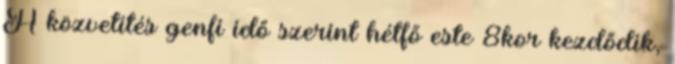
A közvetítés genfi idő szerint hétfő este 8kor kezdődik,